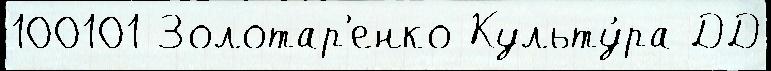
100101 Золотар'енко Культу́ра ДД